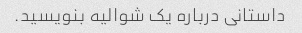
داستانی درباره یک شوالیه بنویسید.